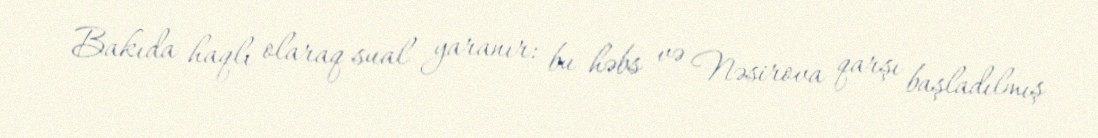
Bakıda haqlı olaraq sual yaranır: bu həbs və Nəsirova qarşı başladılmış